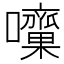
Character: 𡅁